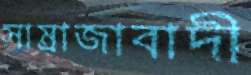
সাম্রাজাবাদী